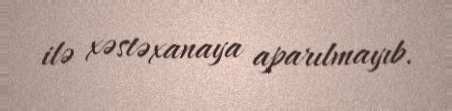
ilə xəstəxanaya aparılmayıb.